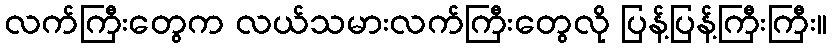
လက်ကြီးတွေက လယ်သမားလက်ကြီးတွေလို ပြန့်ပြန့်ကြီးကြီး။